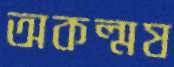
অকল্মষ